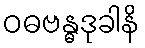
ဝဓဗန္ဓဒုခါနိ